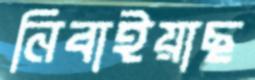
নিবাইয়াছ